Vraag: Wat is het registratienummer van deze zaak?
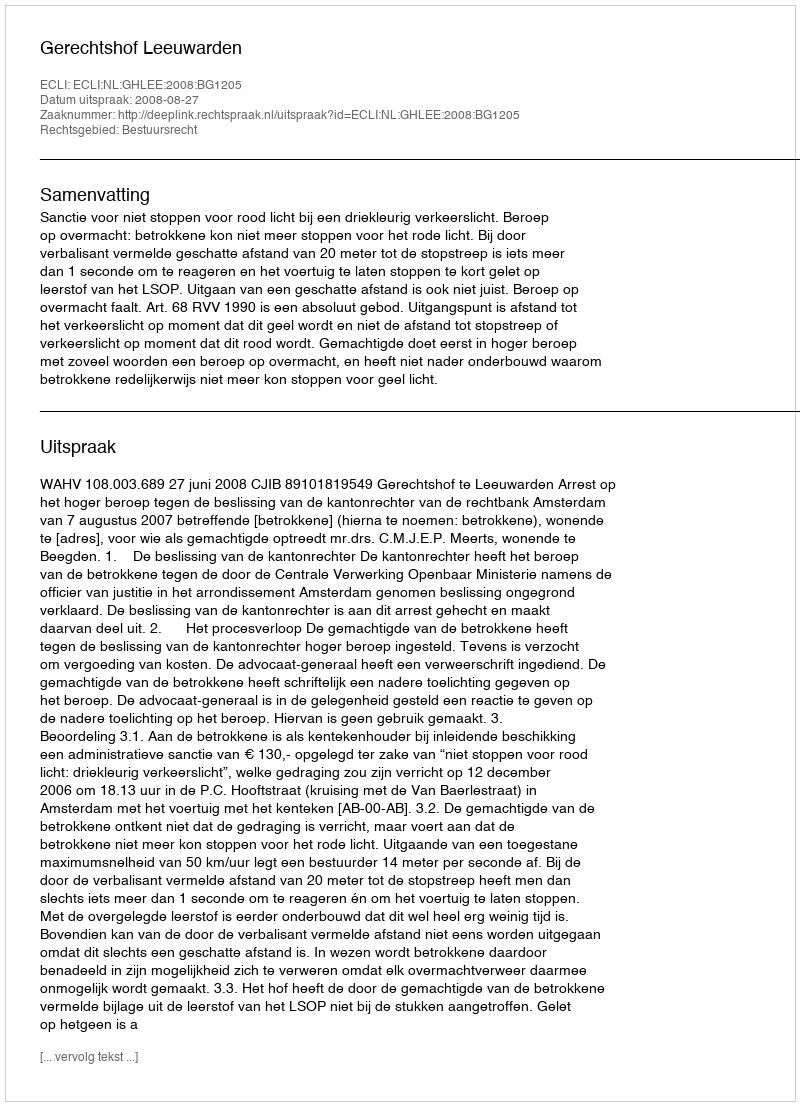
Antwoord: http://deeplink.rechtspraak.nl/uitspraak?id=ECLI:NL:GHLEE:2008:BG1205